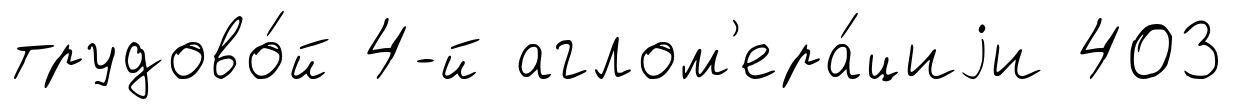
трудово́й 4-й аглом'ера́циjи 403